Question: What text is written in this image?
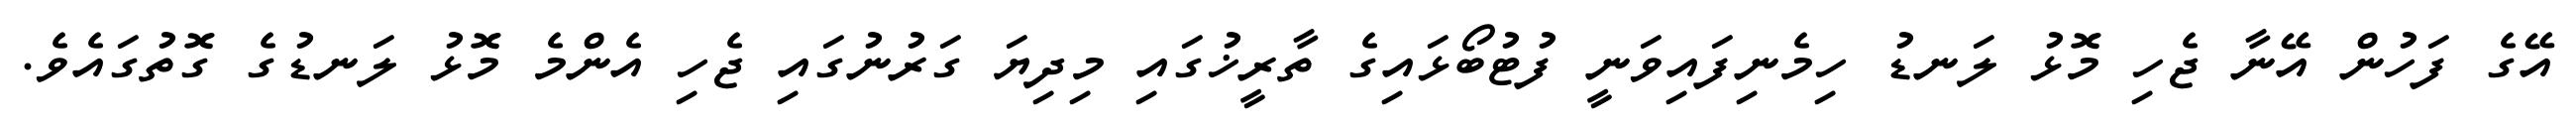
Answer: އޭގެ ފަހުން އޭނާ ޖެހި މޮޅު ލަނޑު ހިމެނިފައިވަނީ ފުޓުބޯޅައިގެ ތާރީޚުގައި މިދިޔަ ގަރުނުގައި ޖެހި އެންމެ މޮޅު ލަނޑުގެ ގޮތުގައެވެ.